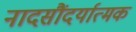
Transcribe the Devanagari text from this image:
नादसौंदर्यात्मक